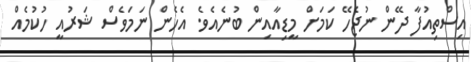
އިސްތިއުފާ ދޭން ނުޖެހޭ ކަމަށް މީޑިއާއިން ބުނެއެވެ. އެހެން ނަމަވެސް ޝަރުއީ ހުކުމެއް